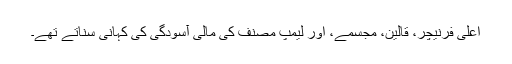
اعلیٰ فرنیچر، قالین، مجسمے، اور لیمپ مصنف کی مالی آسودگی کی کہانی سناتے تھے۔